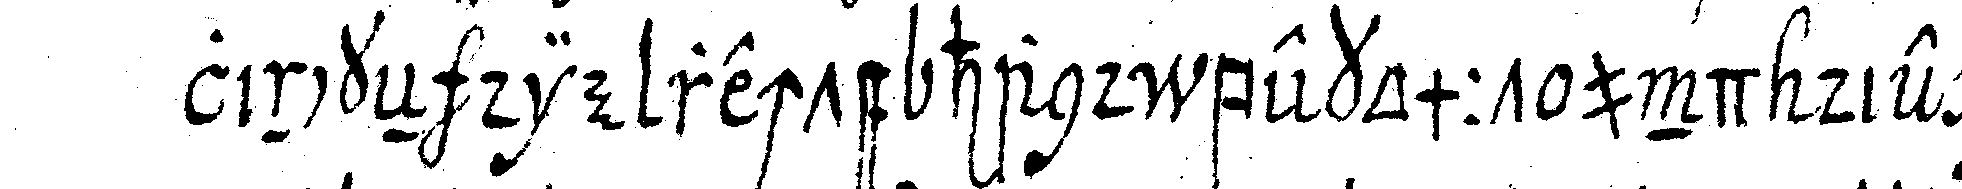
linckeN die rechte hand bekommt und die gan